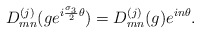
\begin{align*}D^{(j)}_{mn}(ge^{i{{\sigma}_3\over 2}{\theta}})=D^{(j)}_{mn}(g)e^{in{\theta}}.\end{align*}